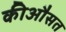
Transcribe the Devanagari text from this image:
कीऔसत